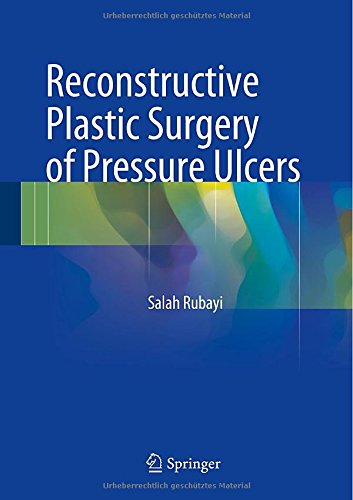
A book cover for Reconstructive Plastic Surgery of Pressure Ulcers; Salah Rubayi; Health, Fitness & Dieting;